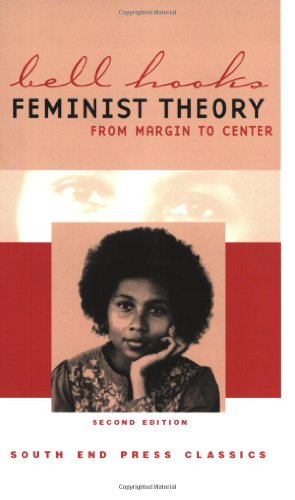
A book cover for Feminist Theory: From Margin to Center; bell hooks; Politics & Social Sciences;